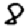
Digit: 8